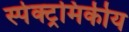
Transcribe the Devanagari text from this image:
स्पेक्ट्रमिकीय